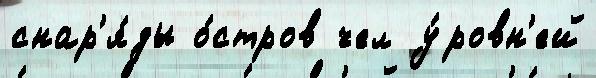
снар'я́ды о́стров чел у́ровн'ей